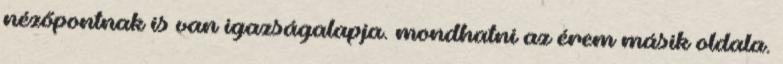
nézőpontnak is van igazságalapja. mondhatni az érem másik oldala.